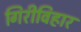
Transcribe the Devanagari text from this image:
गिरीविहार